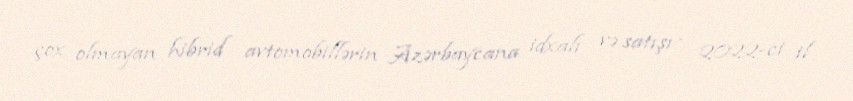
çox olmayan hibrid avtomobillərin Azərbaycana idxalı və satışı - 2022-ci il